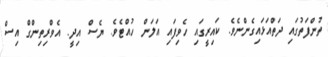
ތުންފަތުގައި ދަތްއަޅައިގެންނެވެ. ކައިރީގައި ހެވިފައި އަލަން ހުއްޓެވެ. ޔެސް އިދީ. އެވްރިތިންގް އިސް